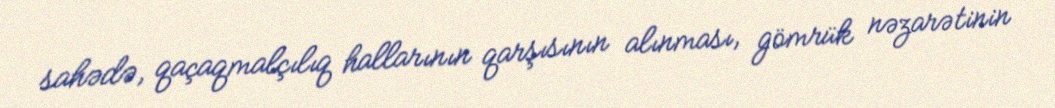
sahədə, qaçaqmalçılıq hallarının qarşısının alınması, gömrük nəzarətinin